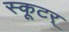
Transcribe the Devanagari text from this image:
स्कूटर्